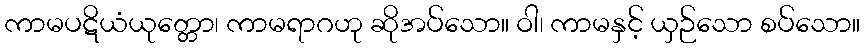
ကာမပဋိယံယုတ္တော၊ ကာမရာဂဟု ဆိုအပ်သော။ ဝါ၊ ကာမနှင့် ယှဉ်သော စပ်သော။